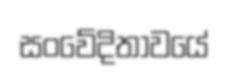
සංවේදිතාවයේ